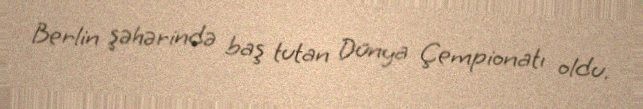
Berlin şəhərində baş tutan Dünya Çempionatı oldu.